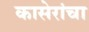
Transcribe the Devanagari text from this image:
कासेरांचा